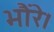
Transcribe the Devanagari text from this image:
भौंरे।